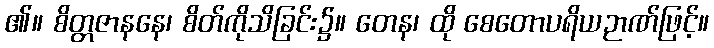
၏။ စိတ္တဇာနနေ၊ စိတ်ကိုသိခြင်း၌။ တေန၊ ထို စေတောပရိယဉာဏ်ဖြင့်။